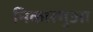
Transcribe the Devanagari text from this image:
निकारगुआ